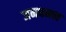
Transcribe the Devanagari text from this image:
जनघनत्त्व